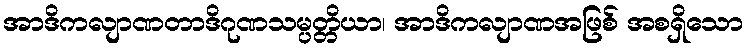
အာဒိကလျာဏတာဒိဂုဏသမ္ပတ္တိယာ၊ အာဒိကလျာဏအဖြစ် အစရှိသော